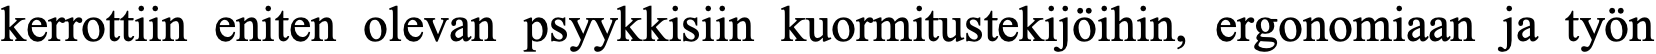
kerrottiin eniten olevan psyykkisiin kuormitustekijöihin, ergonomiaan ja työn